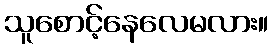
သူစောင့်နေလေမလား။